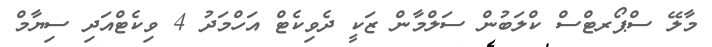
މާލޭ ސްޕޯރޓްސް ކްލަބުން ސަލްމާން ޒަކީ ދެވިކެޓް އަހްމަދު 4 ވިކެޓްއަދި ސިޔާމް